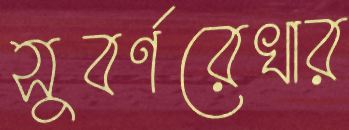
সুবর্ণরেখার